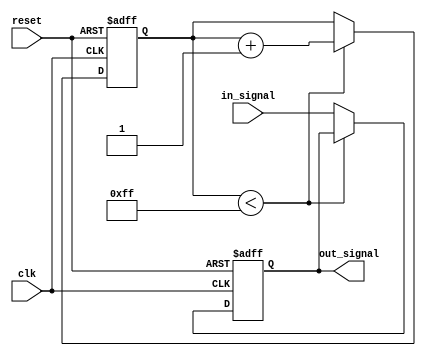
module LatchDelay (
    input wire clk,          // Clock signal
    input wire reset,        // Reset signal
    input wire in_signal,    // Input signal
    output reg out_signal    // Output signal
);

reg [7:0] delay_counter;     // Delay counter

always @(posedge clk or posedge reset) begin
    if (reset) begin
        delay_counter <= 8'b0;  // Reset delay counter
        out_signal <= 1'b0;     // Set output to initial value
    end else begin
        if (delay_counter < 8'd255) begin
            delay_counter <= delay_counter + 1;  // Increment delay counter
        end else begin
            out_signal <= in_signal;  // Capture input signal after delay period
        end
    end
end

endmodule